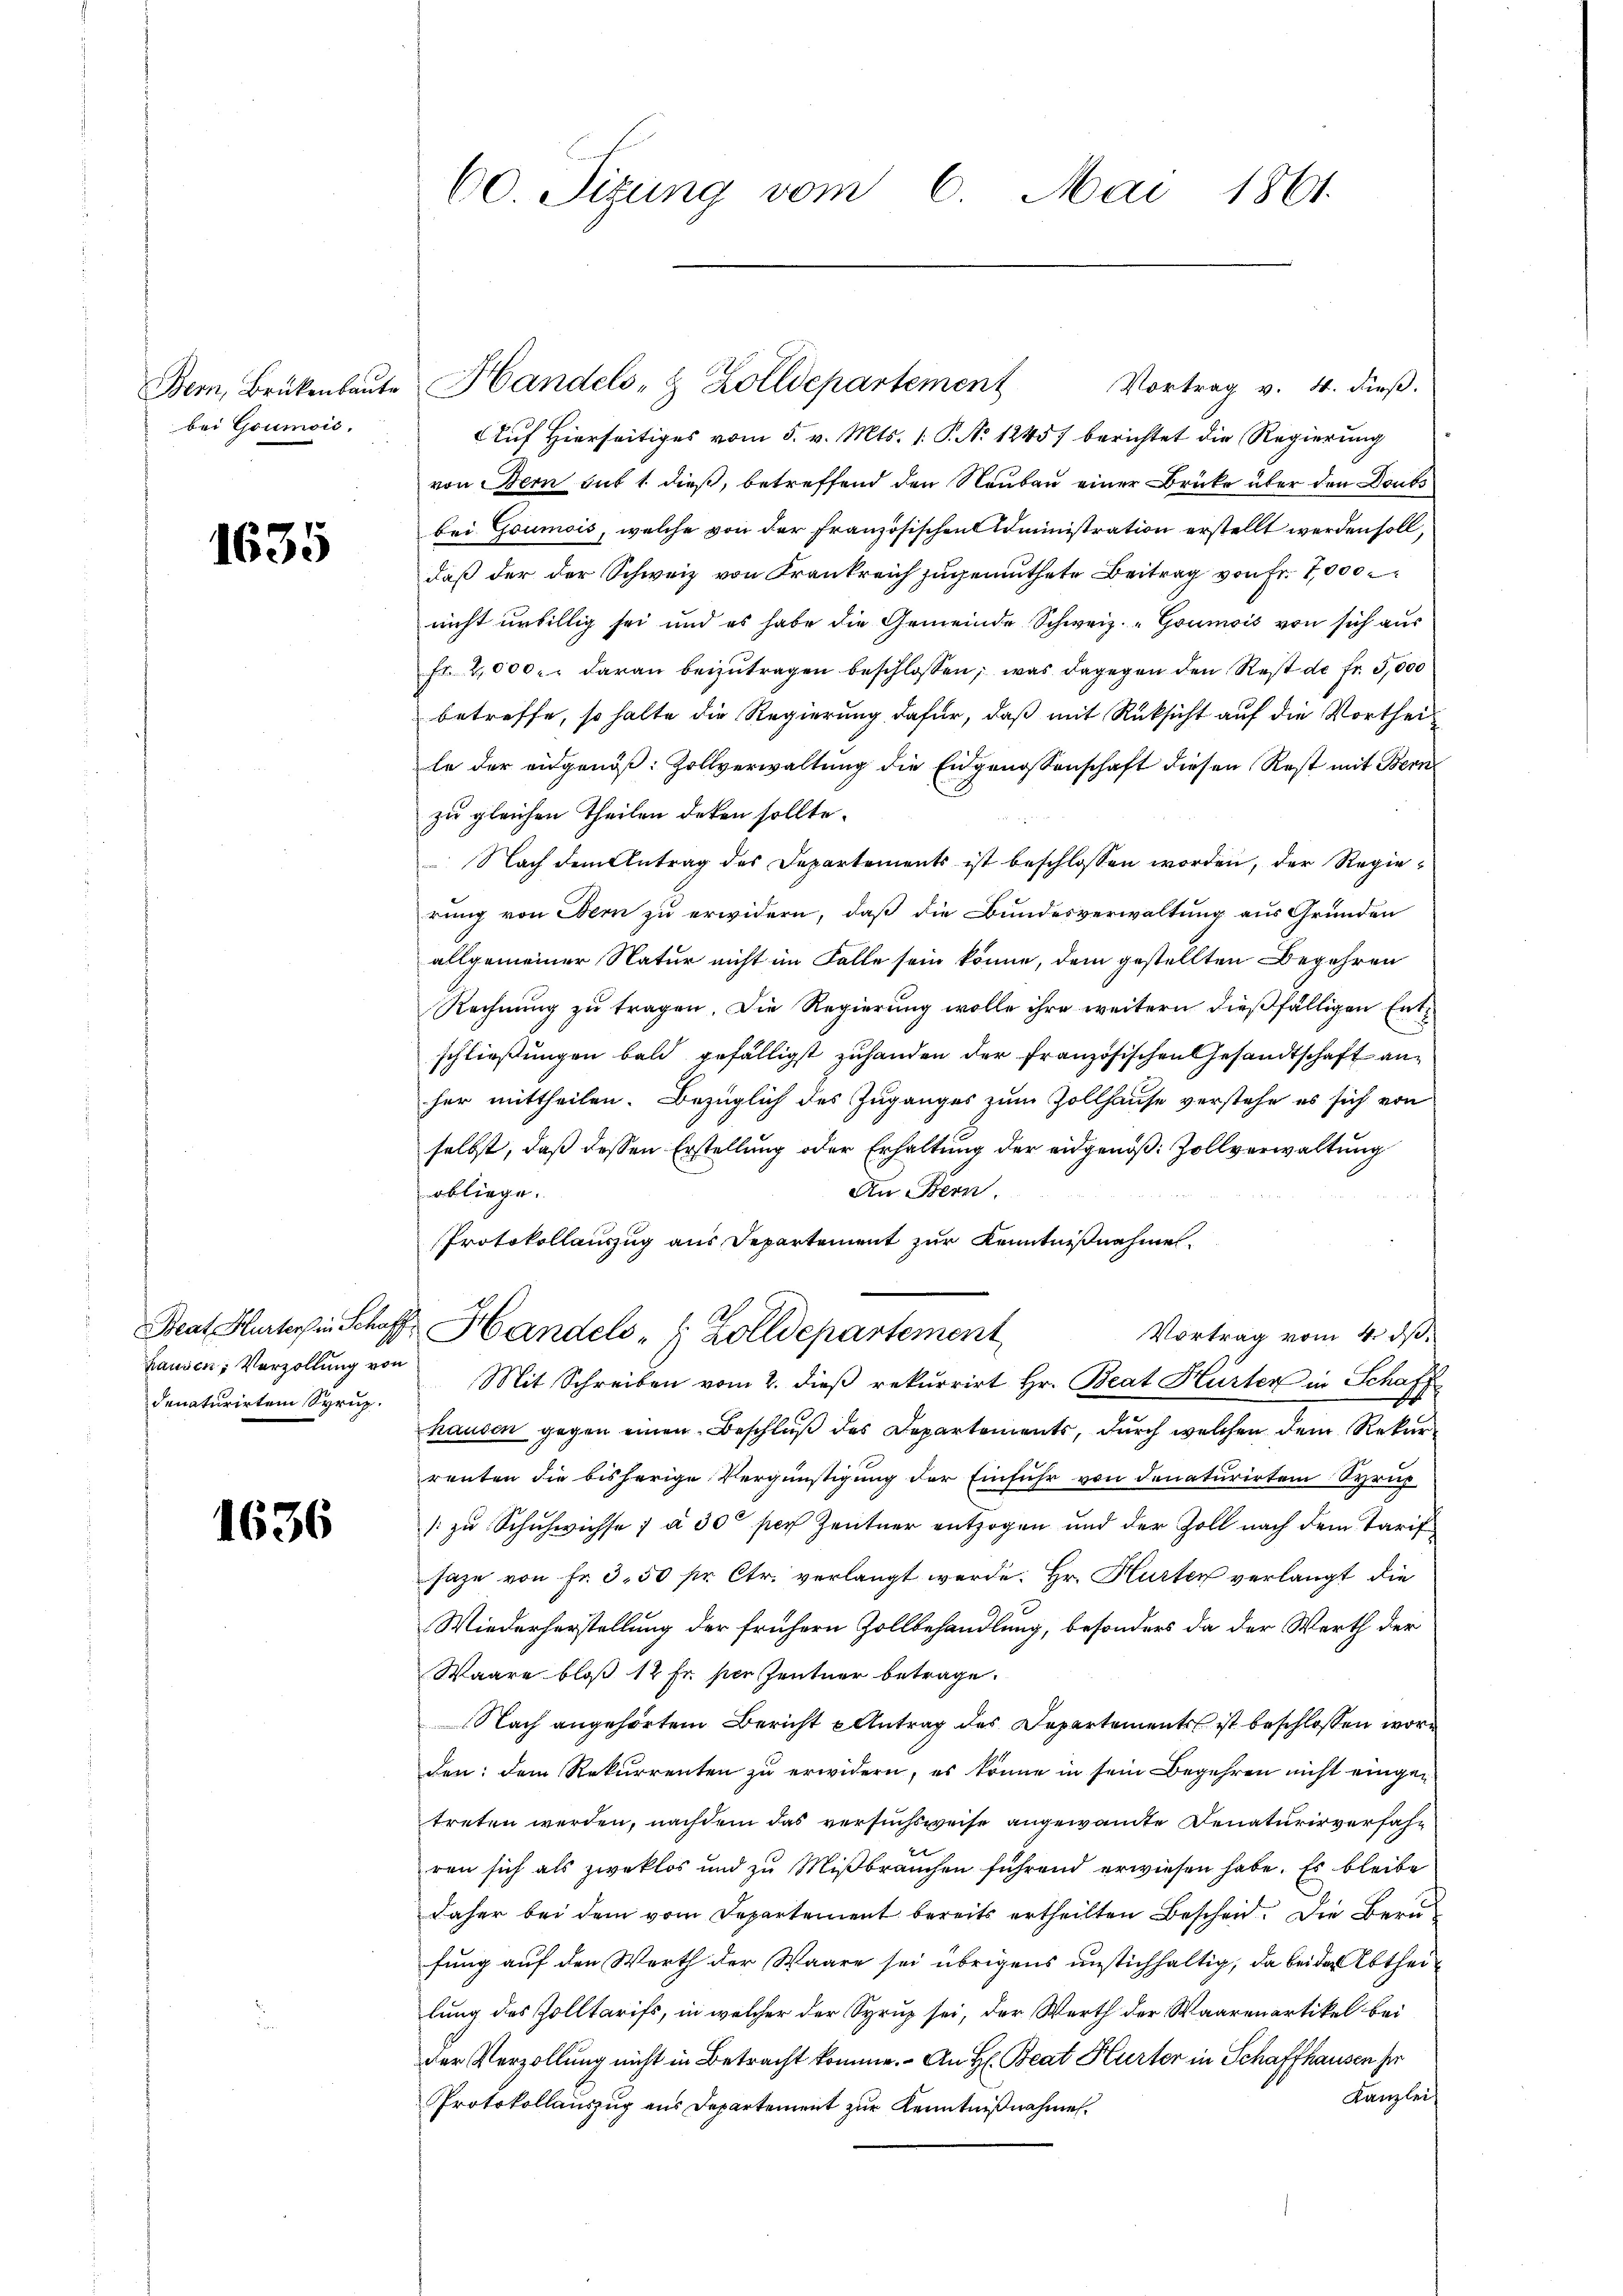
bei Goumois.

1635

denaturirten Syrup.

1636

Vortrag v. 4. dieß.
Bern, Brükenbaŭte Handels- & Zolldepartement
Auf Hierseitiges vom 5. v. Mts. 1. P. No 1245) berichtet die Regierung
von Bern sub 1. dieß, betreffend den Neubau einer Brücke über den Doubs
bei Goumois, welche von der französischen Administration erstellt werden soll,
daß der der Schweiz von Frankreich zugemuthete Beitrag von Fr. 7000.
nicht unbillig sei und es habe die Gemeinde Schweiz. "Goumois von sich aus
fr. 2,000. - daran beizŭtragen beschlossen, was dagegen den Rest de fr. 5,000
betreffe, so halte die Regierung dafür, daß mit Rüksicht auf die Vortheille der eidgenöß: Zollverwaltung die Eidgenossenschaft diesen Rest mit Bern
zu gleichen Theilen deten sollte.
 Nach dem Antrag des Departements ist beschlossen worden, der Regierung von Bern zu erwidern, daß die Bundesverwaltung aus Gründen
allgemeiner Natur nicht im Falle sein könne, dem gestellten Begehren
Rechnung zu tragen. Die Regierung wolle ihre weitern dießfälligen Entschließungen bald gefälligst zuhanden der französischen Gesandtschaft anher mittheilen. Bezüglich des Zuganges zum Zollhause verstehe es sich von
selbst, daß dessen Erstellung oder Erhaltung der eidgenöß: Zollverwaltung
An Bern.
obliege.
Protokollauszug aus Departement zur Kenntnißnahme
Beat Hurterhin Schoff Handels " " Zolldepartement
Vortrag vom 4. ds.
hausen, Verzollŭng von Mit Schreiben vom 2. dieβ rekurrirt Hr. Beat Hurten in Schaff
hausen gegen einen Beschluß des Departements, durch welchen dem Rekurrenten die bisherige Vergünstigung der Einfuhr von denaturirten Syrup
1 zu Schuhwichse ; à 30 per Zentner entzogen und der Zoll nach dem Tarif
saze von Fr. 3. 50 pr. Ctr. verlangt werde. Hr. Hurten verlangt die
Wiederherstellung der frühern Zollbehandlung, besonders da der Werth der
Waare bloß 12 Fr. per Zentner betrage.
Nach angehörtem Bericht Antrag des Departement ist beschlossen worden: dem Rekurrenten zu erwidern, es könne in sein Begehren nicht eingetreten werden, nachdem das versuchsweise angewandte Senaturirverfahr
ren sich als zweklos und zu Mißbrauchen führend erwiesen habe. Es bleibe
daher bei dem vom Departement bereits ertheilten Bescheid. Die Bern
fung auf den Werth der Waare sei übrigens unstichhaltig, da bei der Abtheilung des Zolltarifs, in welcher der Syrup sei, der Werth der Waarenartikel bei
der Verzollung nicht in Betracht komme. An H. Beat Hurter in Schaffhausen her
Kanzlei
Protokollauszug aus Departement zur Kenntnißnahmen.

60. Sizung vom 6. Mai 1861.